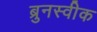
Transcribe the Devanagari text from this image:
ब्रुनस्वीक